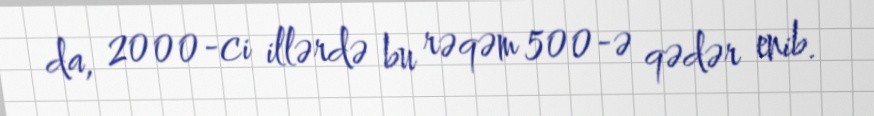
da, 2000-ci illərdə bu rəqəm 500-ə qədər enib.